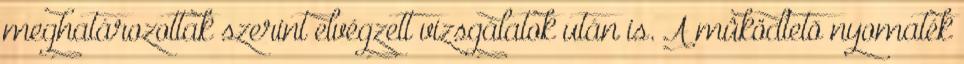
meghatározottak szerint elvégzett vizsgálatok után is. A mûködtetõ nyomaték